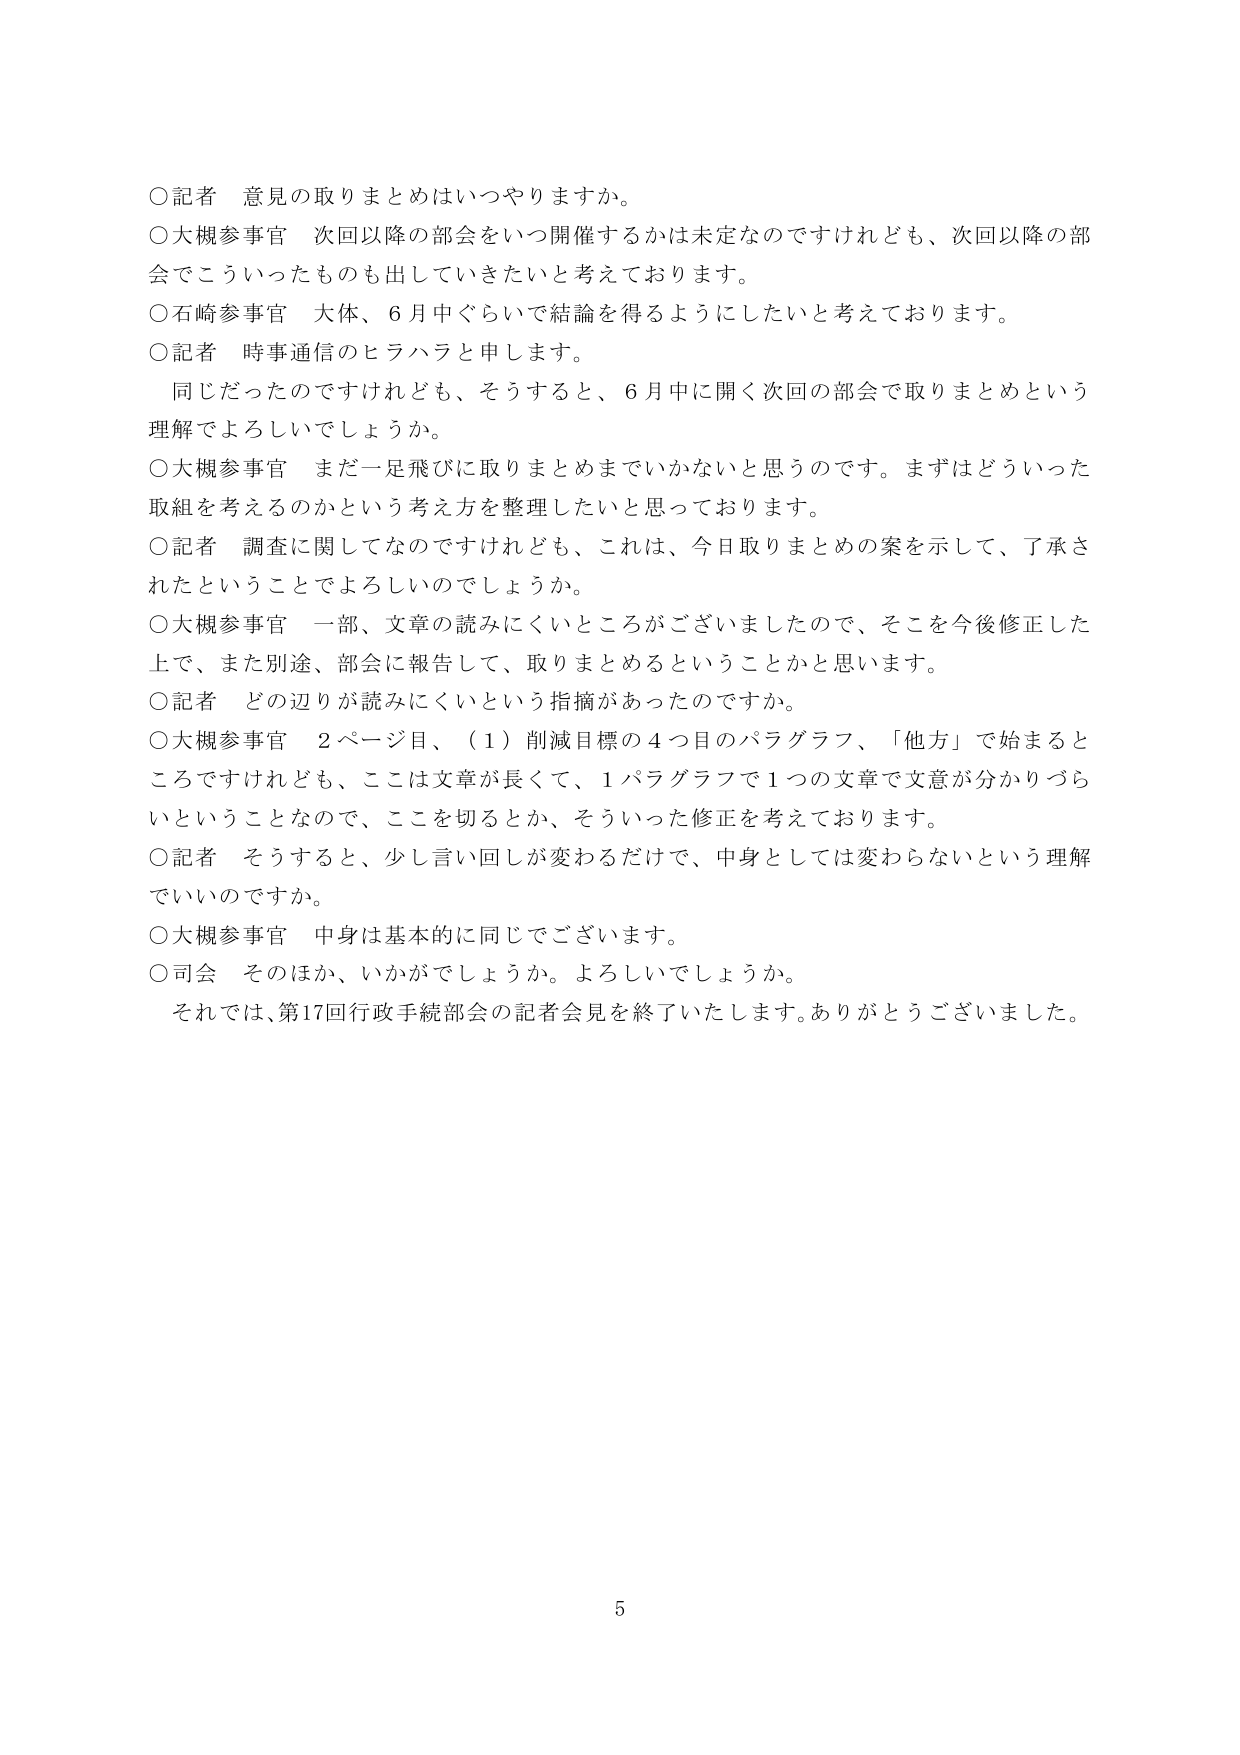
○記者 意見の取りまとめはいつやりますか。
○大槻参事官 次回以降の部会をいつ開催するかは未定なのですが、次回以降の部会でこういったものも出していきたいと考えております。
○石崎参事官 大体、6月中ぐらいで結論を得るようにしたいと考えております。
○記者 時事通信のヒラハラと申します。
　同じだったのですが、そうすると、6月中に開く次回の部会で取りまとめという理解でよろしいでしょうか。
○大槻参事官 まだ一足飛びに取りまとめまでいかないと思うのです。まずはどういった取組を考えるのかという考え方を整理したいと思っております。
○記者 調査に関してなのですが、これは、今日取りまとめの案を示して、了承されたということでしょうか。
○大槻参事官 一部、文章の読みにくいところがございましたので、そこを今後修正した上で、また別途、部会に報告して、取りまとめるということかと思います。
○記者 どの辺りが読みにくいという指摘があったのですか。
○大槻参事官 2ページ目、（1）削減目標の4つ目のパラグラフ、「他方」で始まるところですが、ここは文章が長くて、1パラグラフで1つの文章で文意が分かりづらいということなので、ここを切るか、そういった修正を考えております。
○記者 そうすると、少し言い回しが変わるだけで、中身としては変わらないという理解でいいですか。
○大槻参事官 中身は基本的に同じでございます。
○司会 その他、いかがでしょうか。よろしいでしょうか。
　それでは、第17回行政手続部会の記者会見を終了いたします。ありがとうございました。

5